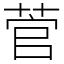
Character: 菅